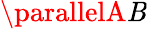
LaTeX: \parallelA\mathit{B}